EELK_Tartu_Peetri_kogudus_(kirikutahed), lk 20
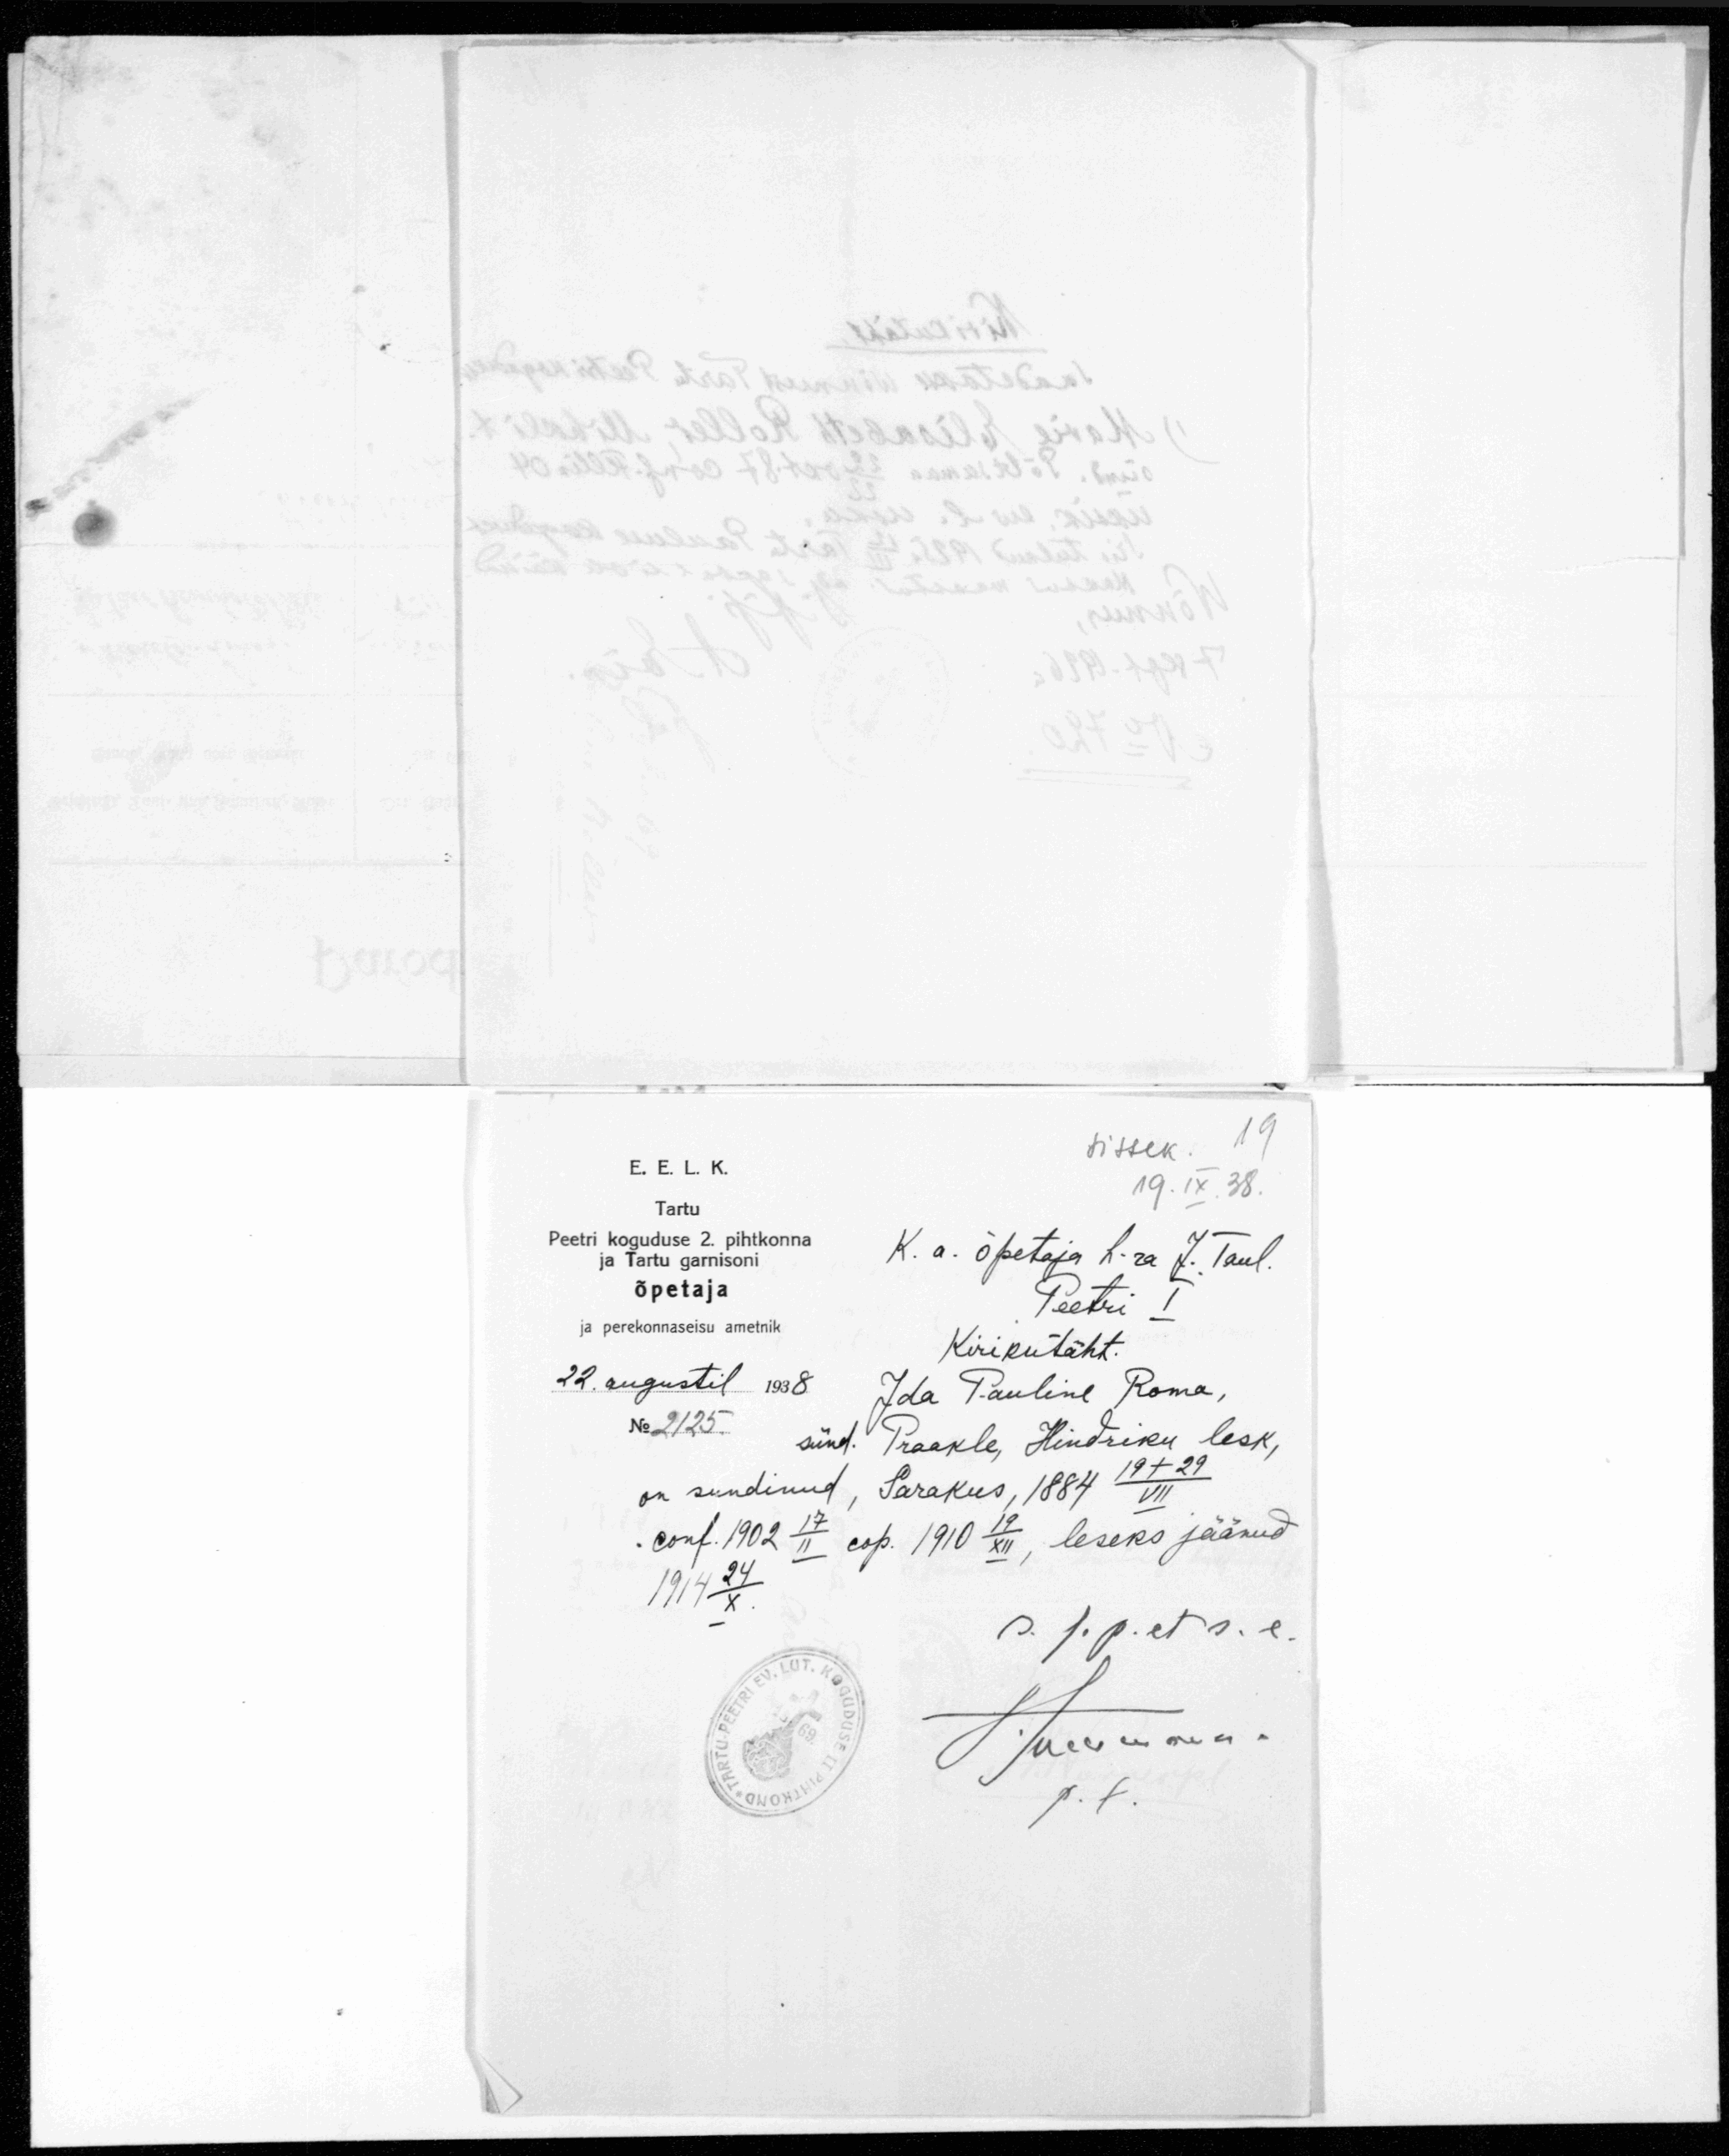
sissek. 19
E. E. L. K.
19.IX.38.
Tartu
Peetri koguduse 2 pihtkonna
K. a. õpetaja h-ra J. Taul.
ja Tartu garnisoni
õpetaja
Peetri I
ja perekonnaseisu ametnik
Kirikutäht.
22. augustil 1938
Ida Pauline Roma,
No 2125
sünd. Praakle, Hindriku lesk,
on sündinud, Sarakus, 1884 19+29/VII
conf. 1902 17/II cop. 1910 19/XII, leseks jäänud
1914 24/X.